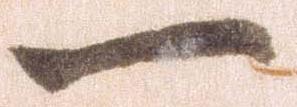
一